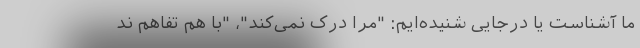
ما آشناست یا درجایی شنیده‌ایم: "مرا درک نمی‌کند"، "با هم تفاهم ند